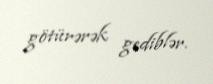
götürərək gediblər.